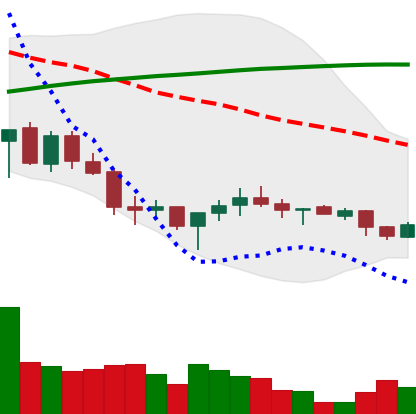
Ticker: XMR-USD
Chart end date: 2018-03-28
Forward return: -10.872%
Label: down_7plus